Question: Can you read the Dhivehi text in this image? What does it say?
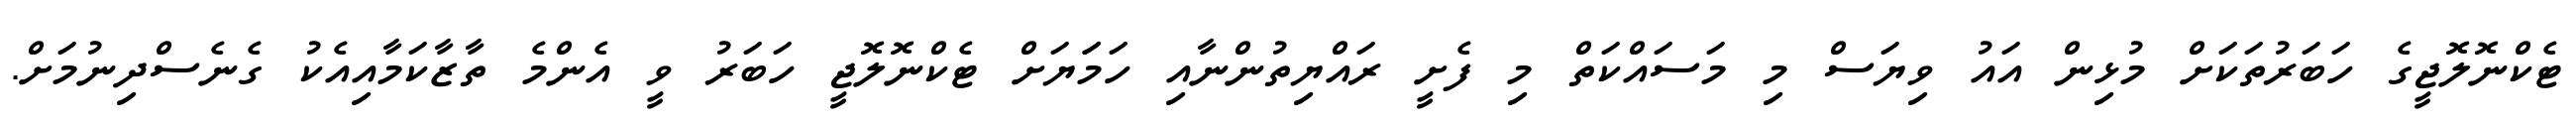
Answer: ޓެކްނޮލޮޖީގެ ހަބަރުތަކަށް މުޅިން އައު ވިޔަސް މި މަސައްކަތް މި ފެށީ ރައްޔިތުންނާއި ހަމަަޔަށް ޓެކްނޮލޮޖީ ހަބަރު ވީ އެންމެ ތާޒާކަމާއިއެކު ގެނެސްދިނުމަށް.